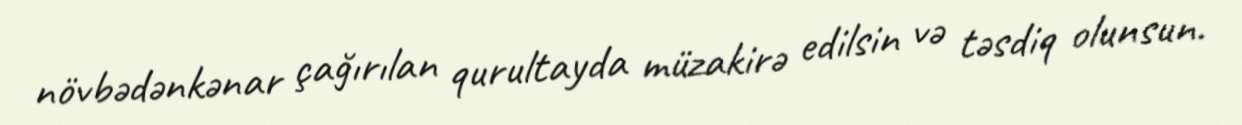
növbədənkənar çağırılan qurultayda müzakirə edilsin və təsdiq olunsun.